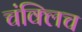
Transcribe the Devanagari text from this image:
चंक्लिच